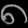
Digit: ၈